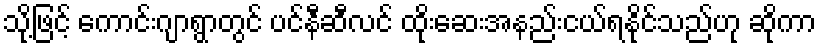
သို့ဖြင့် ကောင်းဂျာရွာတွင် ပင်နီဆီလင် ထိုးဆေးအနည်းငယ်ရနိုင်သည်ဟု ဆိုကာ